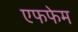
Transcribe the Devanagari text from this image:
एफफेम